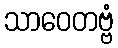
သာဝေတဗ္ဗံ